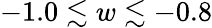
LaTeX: -1.0\lesssim w\lesssim-0.8